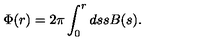
\Phi ( r ) = 2 \pi \int _ { 0 } ^ { r } d s s B ( s ) .